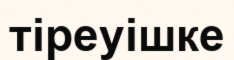
тіреуішке